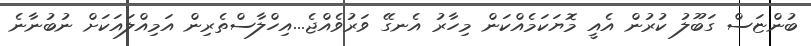
ބުންޏަސް ގަބޫލު ކުރުން އެއީ މޮޔަކަމެއްކަން މިހާރު އެނގޭ ވަރުވެއްޖެ...އިހްލާސްތެރިން އަމިއްލައަކަށް ނުބުނާނެ